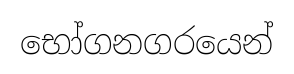
භෝගනගරයෙන්